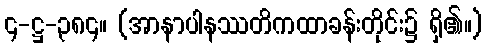
၄-ဋ္ဌ-၃၈၄။ (အာနာပါနဿတိကထာခန်းတိုင်း၌ ရှိ၏။)